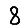
Digit: 8